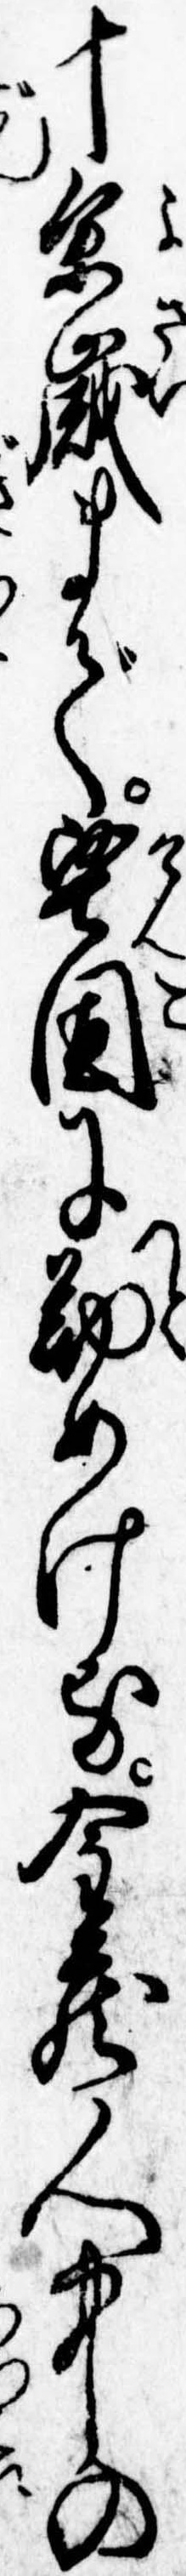
十余歳まで堅固に勤めける金蔵人中の